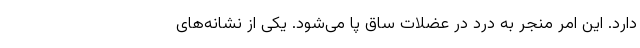
دارد. این امر منجر به درد در عضلات ساق پا می‌شود. یکی از نشانه‌های